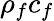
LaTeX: \rho_{f}c_{f}